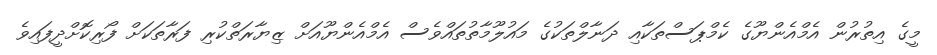
މީގެ އިތުރުން އެމްއެންޔޫގެ ކެމްޕަސްތަކާއި ދަނާލްތަކުގެ މައުލޫމާތުތައްވެސް އެމްއެންޔޫއަށް ޒިޔާރަތްކުރި ފަރާތަކަށް ފޯރިކޮށްދީފައިވެ